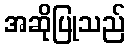
အဆိုပြုသည်